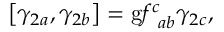
\left[ \gamma _ { 2 a } , \gamma _ { 2 b } \right] = \mathrm { g } f _ { \; \; a b } ^ { c } \gamma _ { 2 c } ,